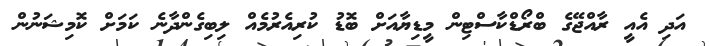
އަދި އެއީ ރާއްޖޭގެ ބްރޯޑްކާސްޓިން މީޑިޔާއަށް ބޮޑު ކުރިއެރުމެއް ލިބިގެންދާނެ ކަމަށް ކޮމިޝަނުން